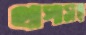
থাপাসহ